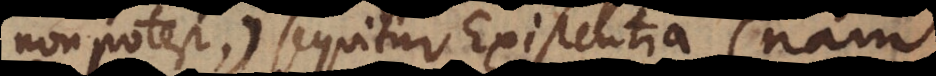
non potest), sequitur Existentia (nam